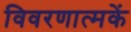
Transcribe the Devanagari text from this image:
विवरणात्मकें